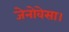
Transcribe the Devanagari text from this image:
जेनोवेसा।